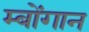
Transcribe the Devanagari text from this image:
म्बोंगान